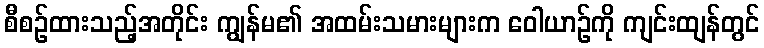
စီစဉ်ထားသည့်အတိုင်း ကျွန်မ၏ အထမ်းသမားများက ဝေါယာဉ်ကို ကျင်းထျန်တွင်